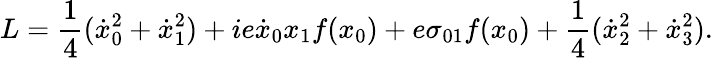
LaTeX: L={\frac{1}{4}}(\dot{x}_{0}^{2}+\dot{x}_{1}^{2})+ie\dot{x}_{0}x_{1}f(x_{0})+e\sigma_{01}f(x_{0})+{\frac{1}{4}}(\dot{x}_{2}^{2}+\dot{x}_{3}^{2}).